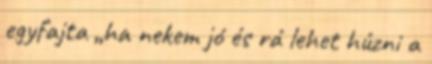
egyfajta „ha nekem jó és rá lehet húzni a